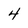
Character: 4